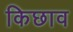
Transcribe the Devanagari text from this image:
किछाव